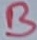
Text: B